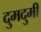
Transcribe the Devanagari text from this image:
दुमदुमी